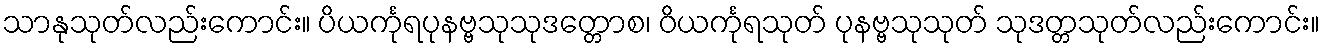
သာနုသုတ်လည်းကောင်း။ ပိယင်္ကုရပုနဗ္ဗသုသုဒတ္တောစ၊ ဝိယင်္ကုရသုတ် ပုနဗ္ဗသုသုတ် သုဒတ္တသုတ်လည်းကောင်း။